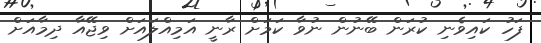
ފަހު ކައިވެނި ކުރަން ބޭނުން ނުވާ ކަމަށް ރާނީ އަމިއްލައަށް ވިޖޭއާ ދިމާއަށް